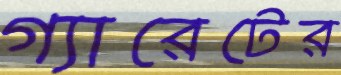
গ্যারেটের